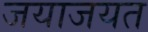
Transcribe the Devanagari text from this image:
जयाजयत